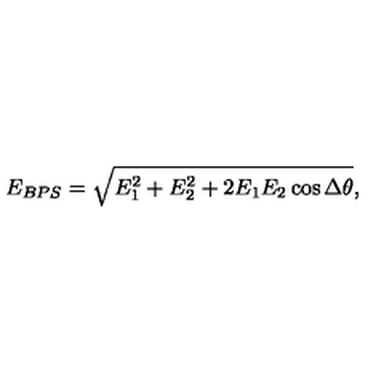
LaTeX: E _ { B P S } = \sqrt { E _ { 1 } ^ { 2 } + E _ { 2 } ^ { 2 } + 2 E _ { 1 } E _ { 2 } \cos \Delta \theta } ,